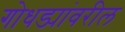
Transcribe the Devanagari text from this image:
गोधड्यांवरील